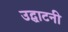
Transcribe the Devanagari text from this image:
उद्घाटनी